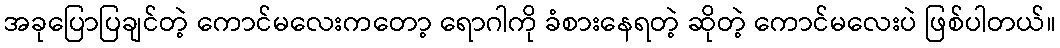
အခုပြောပြချင်တဲ့ ကောင်မလေးကတော့ ရောဂါကို ခံစားနေရတဲ့ ဆိုတဲ့ ကောင်မလေးပဲ ဖြစ်ပါတယ်။